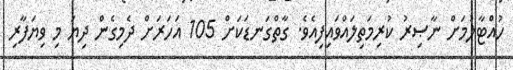
ހުއްޓާލުމަށް ނާޞިރު ކުރިމަތިލައްވައިފިއެވެ. ގާތްގަނޑަކަށް 105 އަހަރަށް ދެމިގެން ދިޔަ މި ވިޔަފާރި